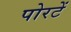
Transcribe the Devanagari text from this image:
पोरटें